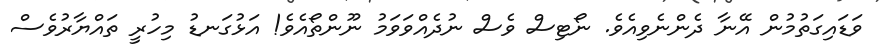
ވަޑައިގަތުމުން އޭނާ ދެންނެވިއެވެ. ނޯޓިސް ވެސް ނުދެއްވަވަމު ނޫންތޯއެވެ! އަޅުގަނޑު މިހުރީ ތައްޔާރުވެސް